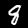
Digit: 8